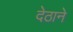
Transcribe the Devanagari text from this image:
देठाने